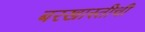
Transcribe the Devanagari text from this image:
बरखास्तीची